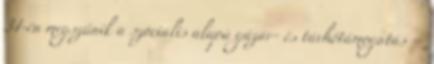
31-én megszűnik a szociális alapú gázár- és távhőtámogatás –